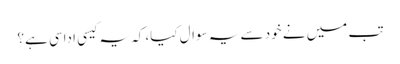
تب میں نے خود سے یہ سوال کیا، کہ یہ کیسی اداسی ہے؟